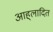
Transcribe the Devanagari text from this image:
आह्‌लादित